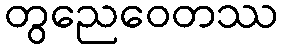
တွညေဝေတဿ